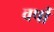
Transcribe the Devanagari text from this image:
वर्षौं